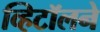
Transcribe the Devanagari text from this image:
व्हिटॉलने